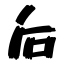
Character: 后